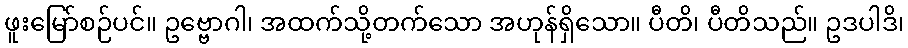
ဖူးမြော်စဉ်ပင်။ ဥဗ္ဗောဂါ၊ အထက်သို့တက်သော အဟုန်ရှိသော။ ပီတိ၊ ပီတိသည်။ ဥဒပါဒိ၊